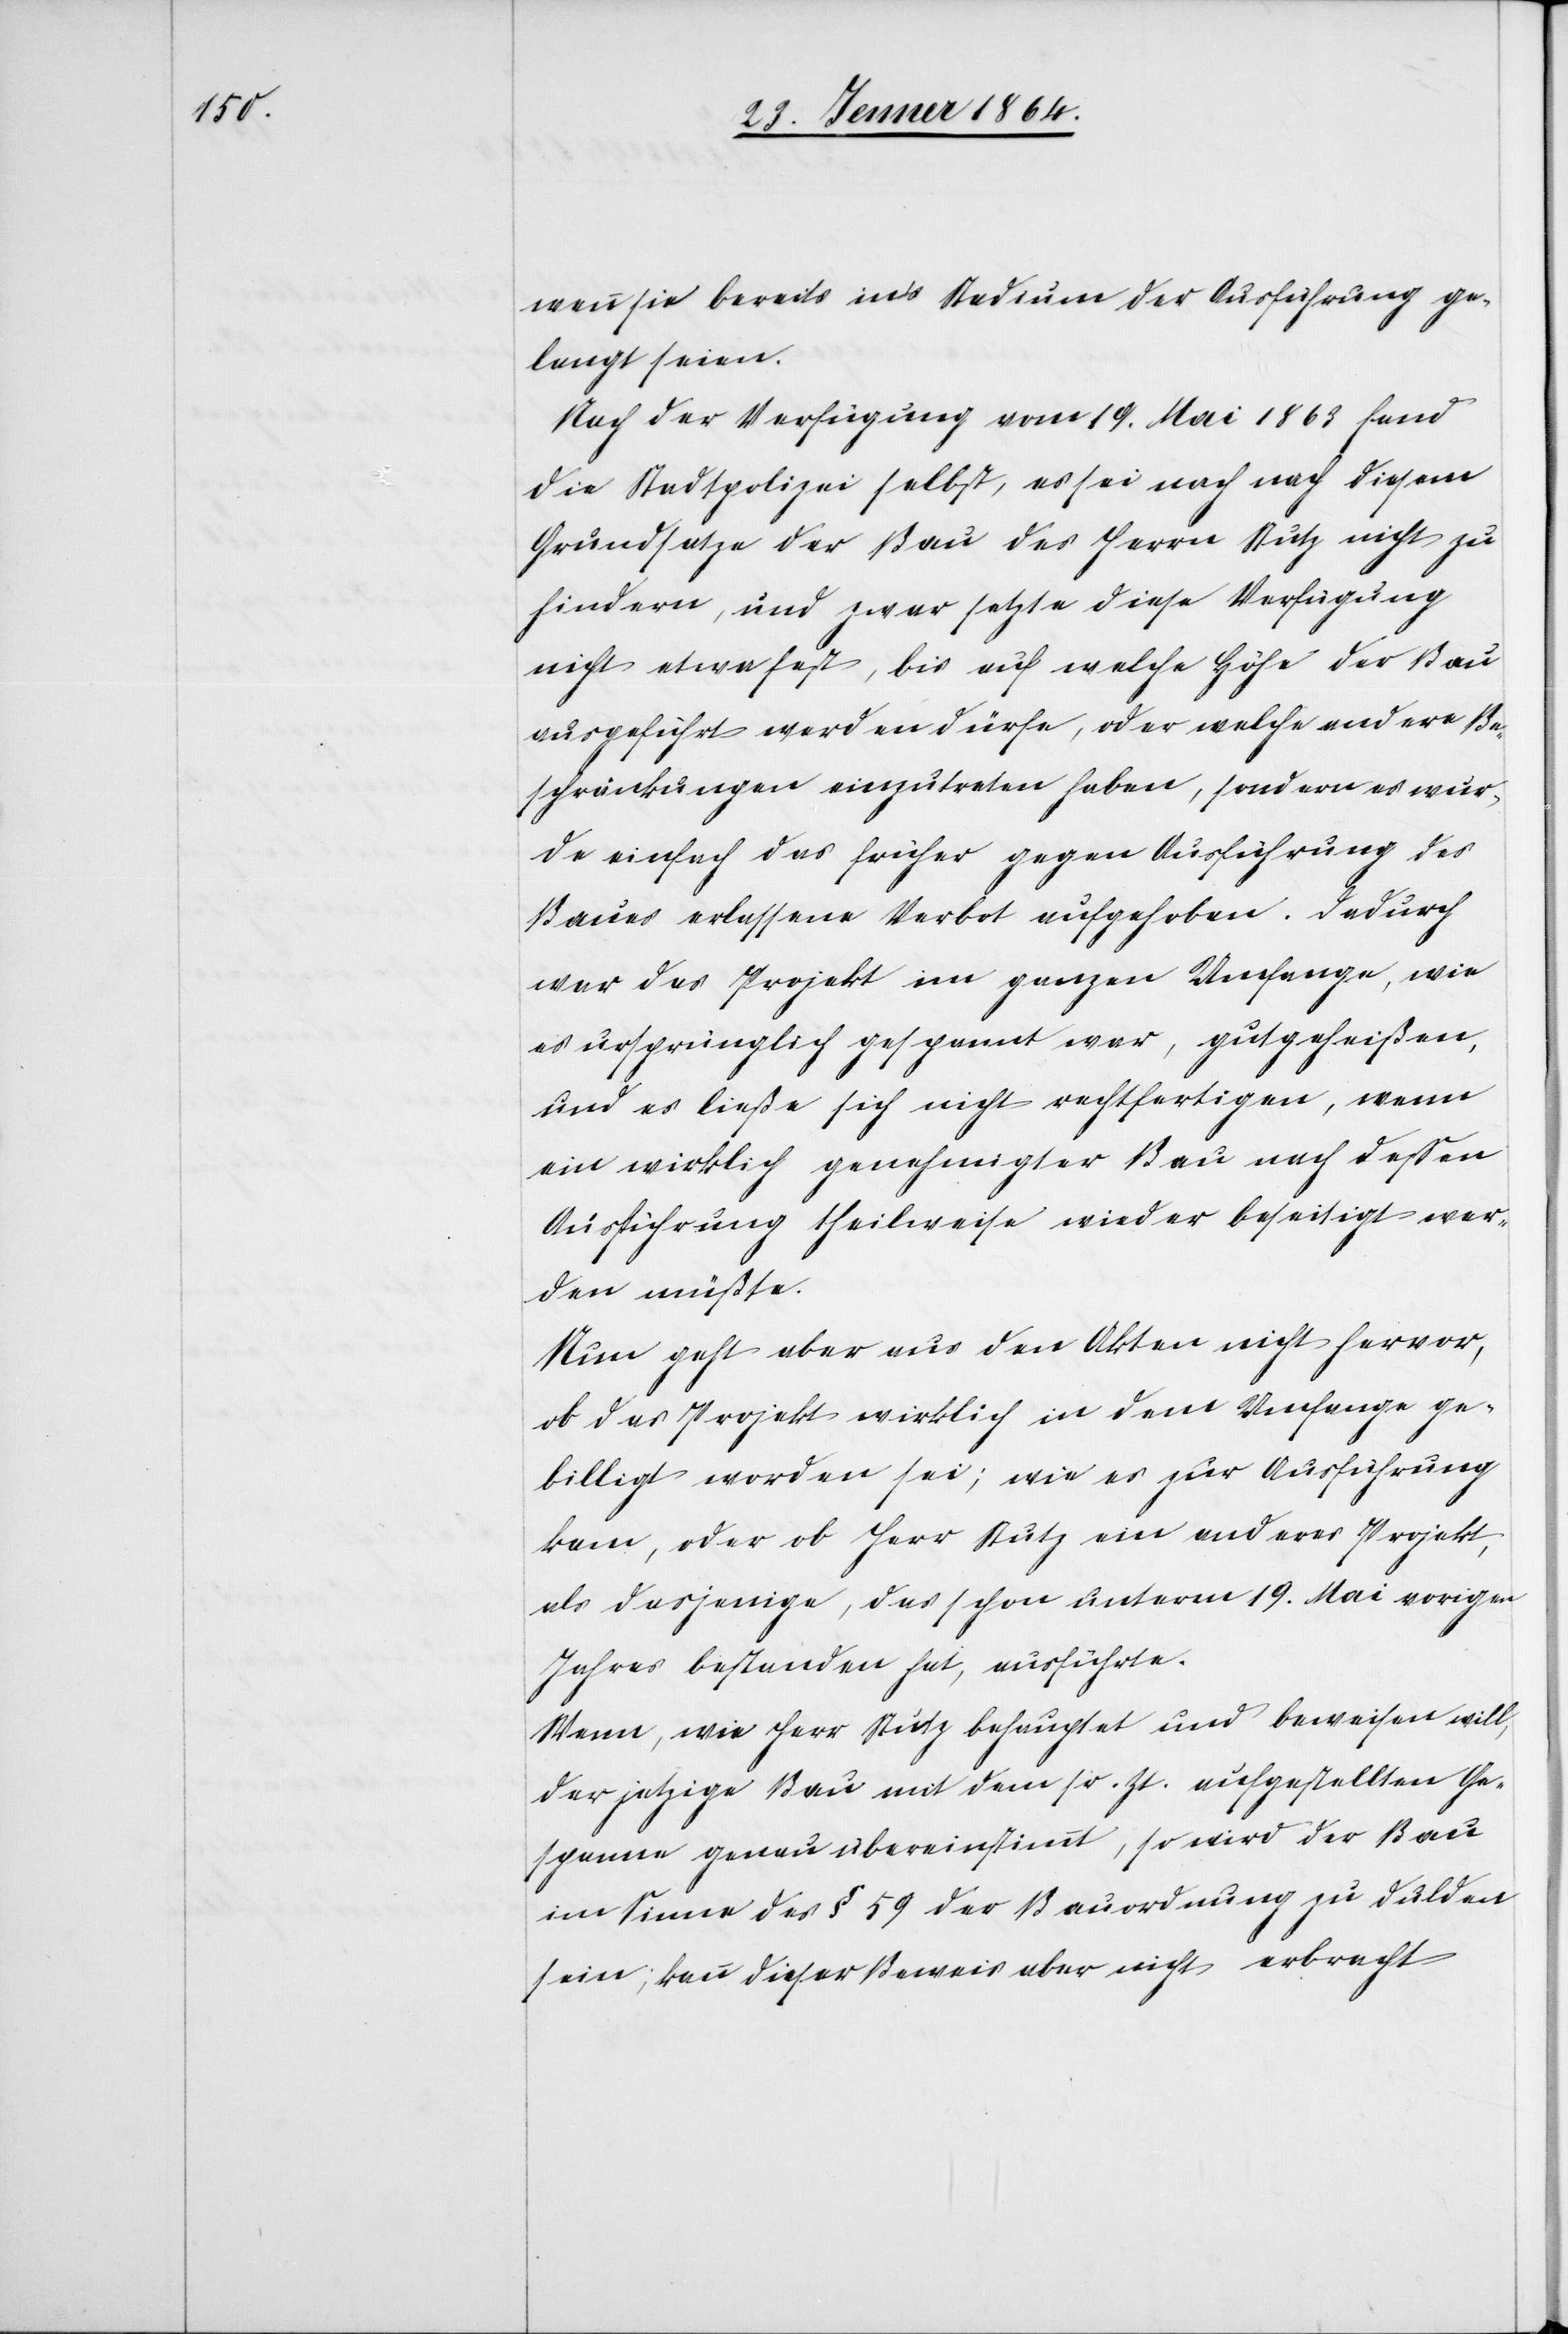
wenn sie bereits ins Stadium der Ausführung ge¬
langt seien.
Nach der Verfügung vom 19. Mai 1863 fand
die Stadtpolizei selbst, es sei nach nach [sic!]
Grundsatze der Bau des Herrn Stutz nicht zu
hindern, und zwar setzte diese Verfügung
nicht etwa fest, bis auf welche Höhe der Bau
ausgeführt werden dürfe, oder welche andere Be¬
schränkungen einzutreten haben, sondern es wur¬
de einfach das früher gegen Ausführung des
Baues erlassene Verbot aufgehoben. Dadurch
war das Projekt im ganzen Umfange, wie
es ursprünglich gespannt war, gutgeheißen,
und es ließe sich nicht rechtfertigen, wenn
ein wirklich genehmigter Bau nach dessen
Ausführung theilweise wieder beseitigt wer¬
den müßte.
Nun geht aber aus den Akten nicht hervor,
ob das Projekt wirklich in dem Umfange ge¬
billigt worden sei; wie es zur Ausführung
kam, oder ob Herr Stutz ein anderes Projekt,
als dasjenige, das schon unterm 19. Mai vorigen
Jahres bestanden hat, ausführte.
Wenn, wie Herr Stutz behauptet und beweisen will,
der jetzige Bau mit dem sr. Zt. aufgestellten Ge¬
spann genau übereinstimmt, so wird der Bau
im Sinne des § 59 der Bauordnung zu dulden
sein; kann dieser Beweis aber nicht erbracht